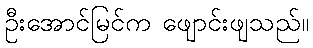
ဦးအောင်မြင်က ဖျောင်းဖျသည်။